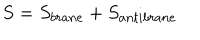
S = S _ { b r a n e } + S _ { a n t i b r a n e }